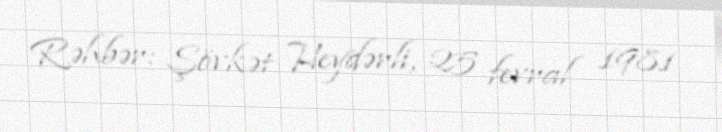
Rəhbər: Şövkət Heydərli, 25 fevral 1981